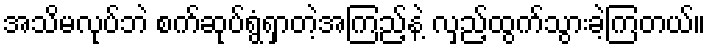
အသိမလုပ်ဘဲ စက်ဆုပ်ရွံရှာတဲ့အကြည့်နဲ့ လှည့်ထွက်သွားခဲ့ကြတယ်။